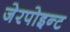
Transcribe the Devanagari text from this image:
जेरपोइन्ट